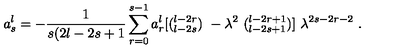
a _ { s } ^ { l } = - \frac { 1 } { s ( 2 l - 2 s + 1 } \sum _ { r = 0 } ^ { s - 1 } a _ { r } ^ { l } [ ( { } _ { l - 2 s } ^ { l - 2 r } ) \ - { \lambda } ^ { 2 } \ ( { } _ { l - 2 s + 1 } ^ { l - 2 r + 1 } ) ] \ \lambda ^ { 2 s - 2 r - 2 } \ .